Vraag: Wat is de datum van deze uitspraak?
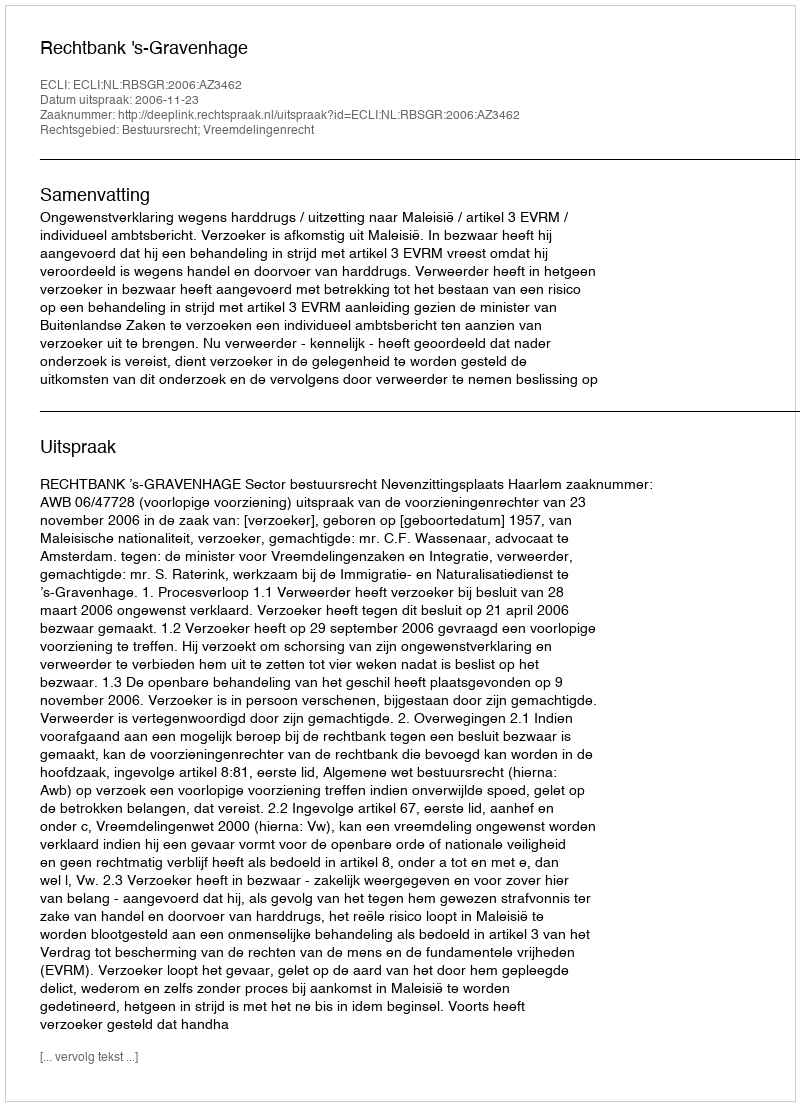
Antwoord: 2006-11-23